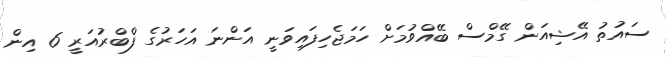
ސައުތު އޭޝިއަން ގޭމްސް ބޭއްވުމަށް ހަމަޖެހިފައިވަނީ އަންނަ އަހަރުގެ ފްބްރުއަރީ 6 އިން